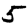
Digit: 5